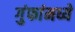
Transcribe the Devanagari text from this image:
गुंफांमध्ये